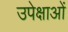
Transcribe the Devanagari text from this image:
उपेक्षाओं